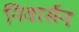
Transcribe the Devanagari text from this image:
निवार्सन